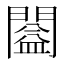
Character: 𨶂